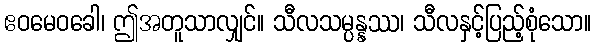
ဧဝမေဝခေါ၊ ဤအတူသာလျှင်။ သီလသမ္ပန္နဿ၊ သီလနှင့်ပြည့်စုံသော။